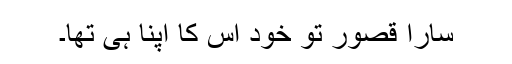
سارا قصور تو خود اس کا اپنا ہی تھا۔